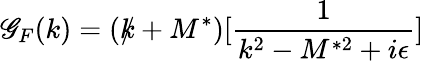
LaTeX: \mathscr{G}_{F}(k)=(k\! \! \! /+M^{\ast})[\frac{{1}}{{k^{2}-M^{\ast2}+i\epsilon}}]